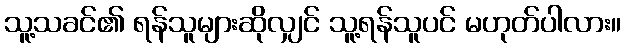
သူ့သခင်၏ ရန်သူများဆိုလျှင် သူ့ရန်သူပင် မဟုတ်ပါလား။